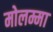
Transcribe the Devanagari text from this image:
मोलम्मा